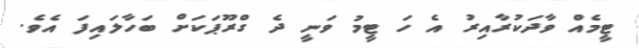
ޓީމެއް ވާދަކުރާއިރު އެ ހަ ޓީމު ވަނީ ދެ ގްރޫޕަކަށް ބަހާލައިފަ އެވެ.